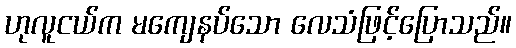
ဟုလူငယ်က မကျေနပ်သော လေသံဖြင့်ပြောသည်။